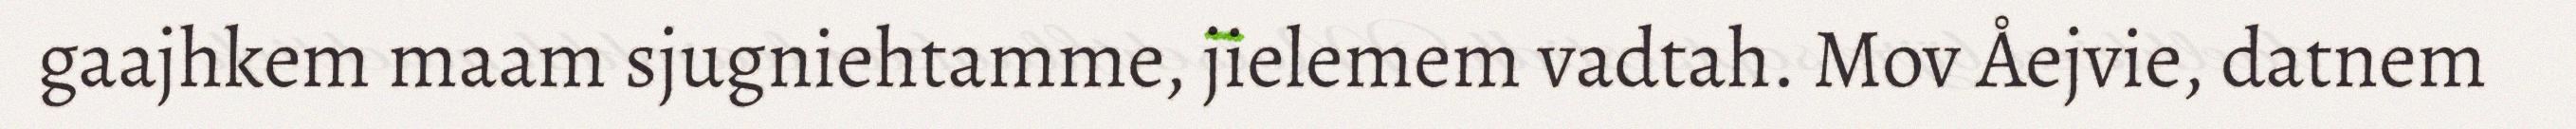
gaajhkem maam sjugniehtamme, jielemem vadtah. Mov Åejvie, datnem